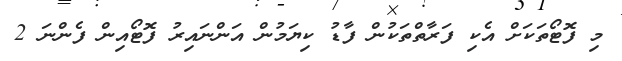
މި ފޮޓޯތަކަށް އެކި ފަރާތްތަކުން ފާޑު ކިޔަމުން އަންނައިރު ފޮޓޯއިން ފެންނަ 2